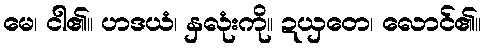
မေ၊ ငါ၏။ ဟဒယံ၊ နှလုံးကို။ ဍယှတေ၊ လောင်၏။